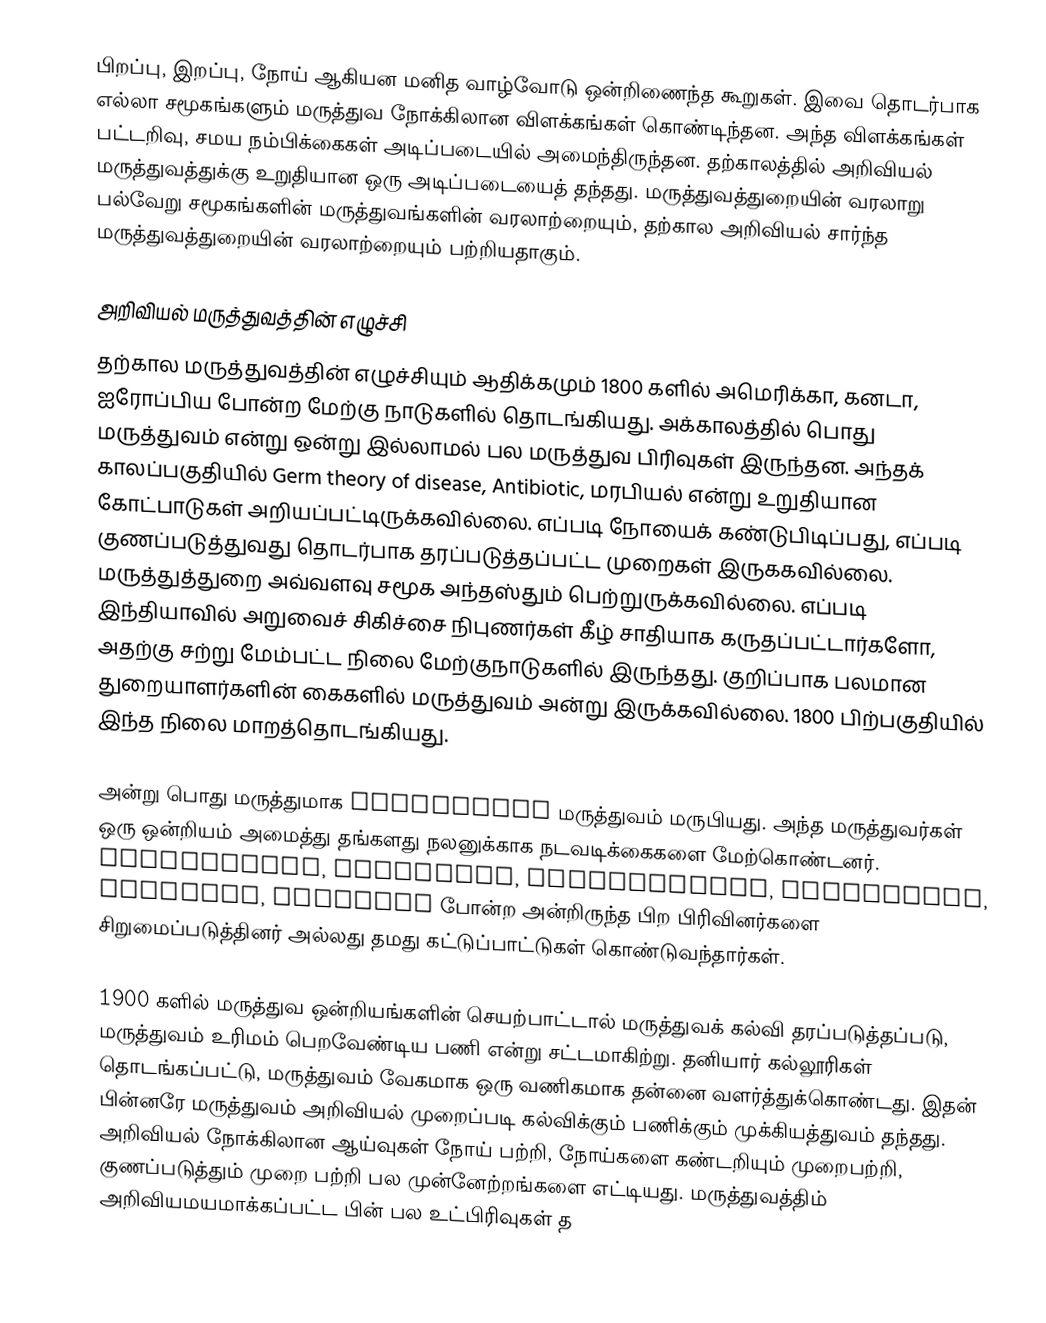
பிறப்பு, இறப்பு, நோய் ஆகியன மனித வாழ்வோடு ஒன்றிணைந்த கூறுகள்.  இவை தொடர்பாக எல்லா சமூகங்களும் மருத்துவ நோக்கிலான விளக்கங்கள் கொண்டிந்தன.  அந்த விளக்கங்கள் பட்டறிவு, சமய நம்பிக்கைகள் அடிப்படையில் அமைந்திருந்தன.  தற்காலத்தில் அறிவியல் மருத்துவத்துக்கு உறுதியான ஒரு அடிப்படையைத் தந்தது.  மருத்துவத்துறையின் வரலாறு பல்வேறு சமூகங்களின் மருத்துவங்களின் வரலாற்றையும், தற்கால அறிவியல் சார்ந்த மருத்துவத்துறையின் வரலாற்றையும் பற்றியதாகும்.

அறிவியல் மருத்துவத்தின் எழுச்சி
தற்கால மருத்துவத்தின் எழுச்சியும் ஆதிக்கமும் 1800 களில் அமெரிக்கா, கனடா, ஐரோப்பிய போன்ற மேற்கு நாடுகளில் தொடங்கியது.  அக்காலத்தில் பொது மருத்துவம் என்று ஒன்று இல்லாமல் பல மருத்துவ பிரிவுகள் இருந்தன.  அந்தக் காலப்பகுதியில் Germ theory of disease, Antibiotic, மரபியல் என்று உறுதியான கோட்பாடுகள் அறியப்பட்டிருக்கவில்லை.  எப்படி நோயைக் கண்டுபிடிப்பது, எப்படி குணப்படுத்துவது தொடர்பாக தரப்படுத்தப்பட்ட முறைகள் இருககவில்லை.  மருத்துத்துறை அவ்வளவு சமூக அந்தஸ்தும் பெற்றுருக்கவில்லை.  எப்படி இந்தியாவில் அறுவைச் சிகிச்சை நிபுணர்கள் கீழ் சாதியாக கருதப்பட்டார்களோ, அதற்கு சற்று மேம்பட்ட நிலை மேற்குநாடுகளில் இருந்தது.  குறிப்பாக பலமான துறையாளர்களின் கைகளில் மருத்துவம் அன்று இருக்கவில்லை.  1800 பிற்பகுதியில் இந்த நிலை மாறத்தொடங்கியது.

அன்று பொது மருத்துமாக Allopathic மருத்துவம் மருபியது.  அந்த மருத்துவர்கள் ஒரு ஒன்றியம் அமைத்து தங்களது நலனுக்காக நடவடிக்கைகளை மேற்கொண்டனர்.  Homoepoahts, ecelctics, Chiropractic, Osteopathy, pharmacy, midwifry போன்ற அன்றிருந்த பிற பிரிவினர்களை சிறுமைப்படுத்தினர் அல்லது தமது கட்டுப்பாட்டுகள் கொண்டுவந்தார்கள்.

1900 களில் மருத்துவ ஒன்றியங்களின் செயற்பாட்டால் மருத்துவக் கல்வி தரப்படுத்தப்படு, மருத்துவம் உரிமம் பெறவேண்டிய பணி என்று சட்டமாகிற்று.  தனியார் கல்லூரிகள் தொடங்கப்பட்டு, மருத்துவம் வேகமாக ஒரு வணிகமாக தன்னை வளர்த்துக்கொண்டது.  இதன் பின்னரே மருத்துவம் அறிவியல் முறைப்படி கல்விக்கும் பணிக்கும் முக்கியத்துவம் தந்தது.  அறிவியல் நோக்கிலான ஆய்வுகள் நோய் பற்றி, நோய்களை கண்டறியும் முறைபற்றி, குணப்படுத்தும் முறை பற்றி பல முன்னேற்றங்களை எட்டியது.  மருத்துவத்திம் அறிவியமயமாக்கப்பட்ட பின் பல உட்பிரிவுகள் த